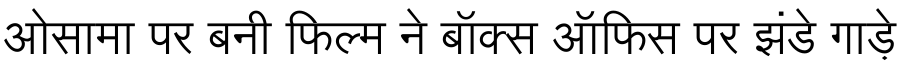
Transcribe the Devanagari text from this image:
ओसामा पर बनी फिल्म ने बॉक्स ऑफिस पर झंडे गाड़े